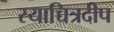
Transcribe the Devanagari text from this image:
स्याच्चित्रदीप